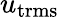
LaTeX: u_{\mathrm{trms}}